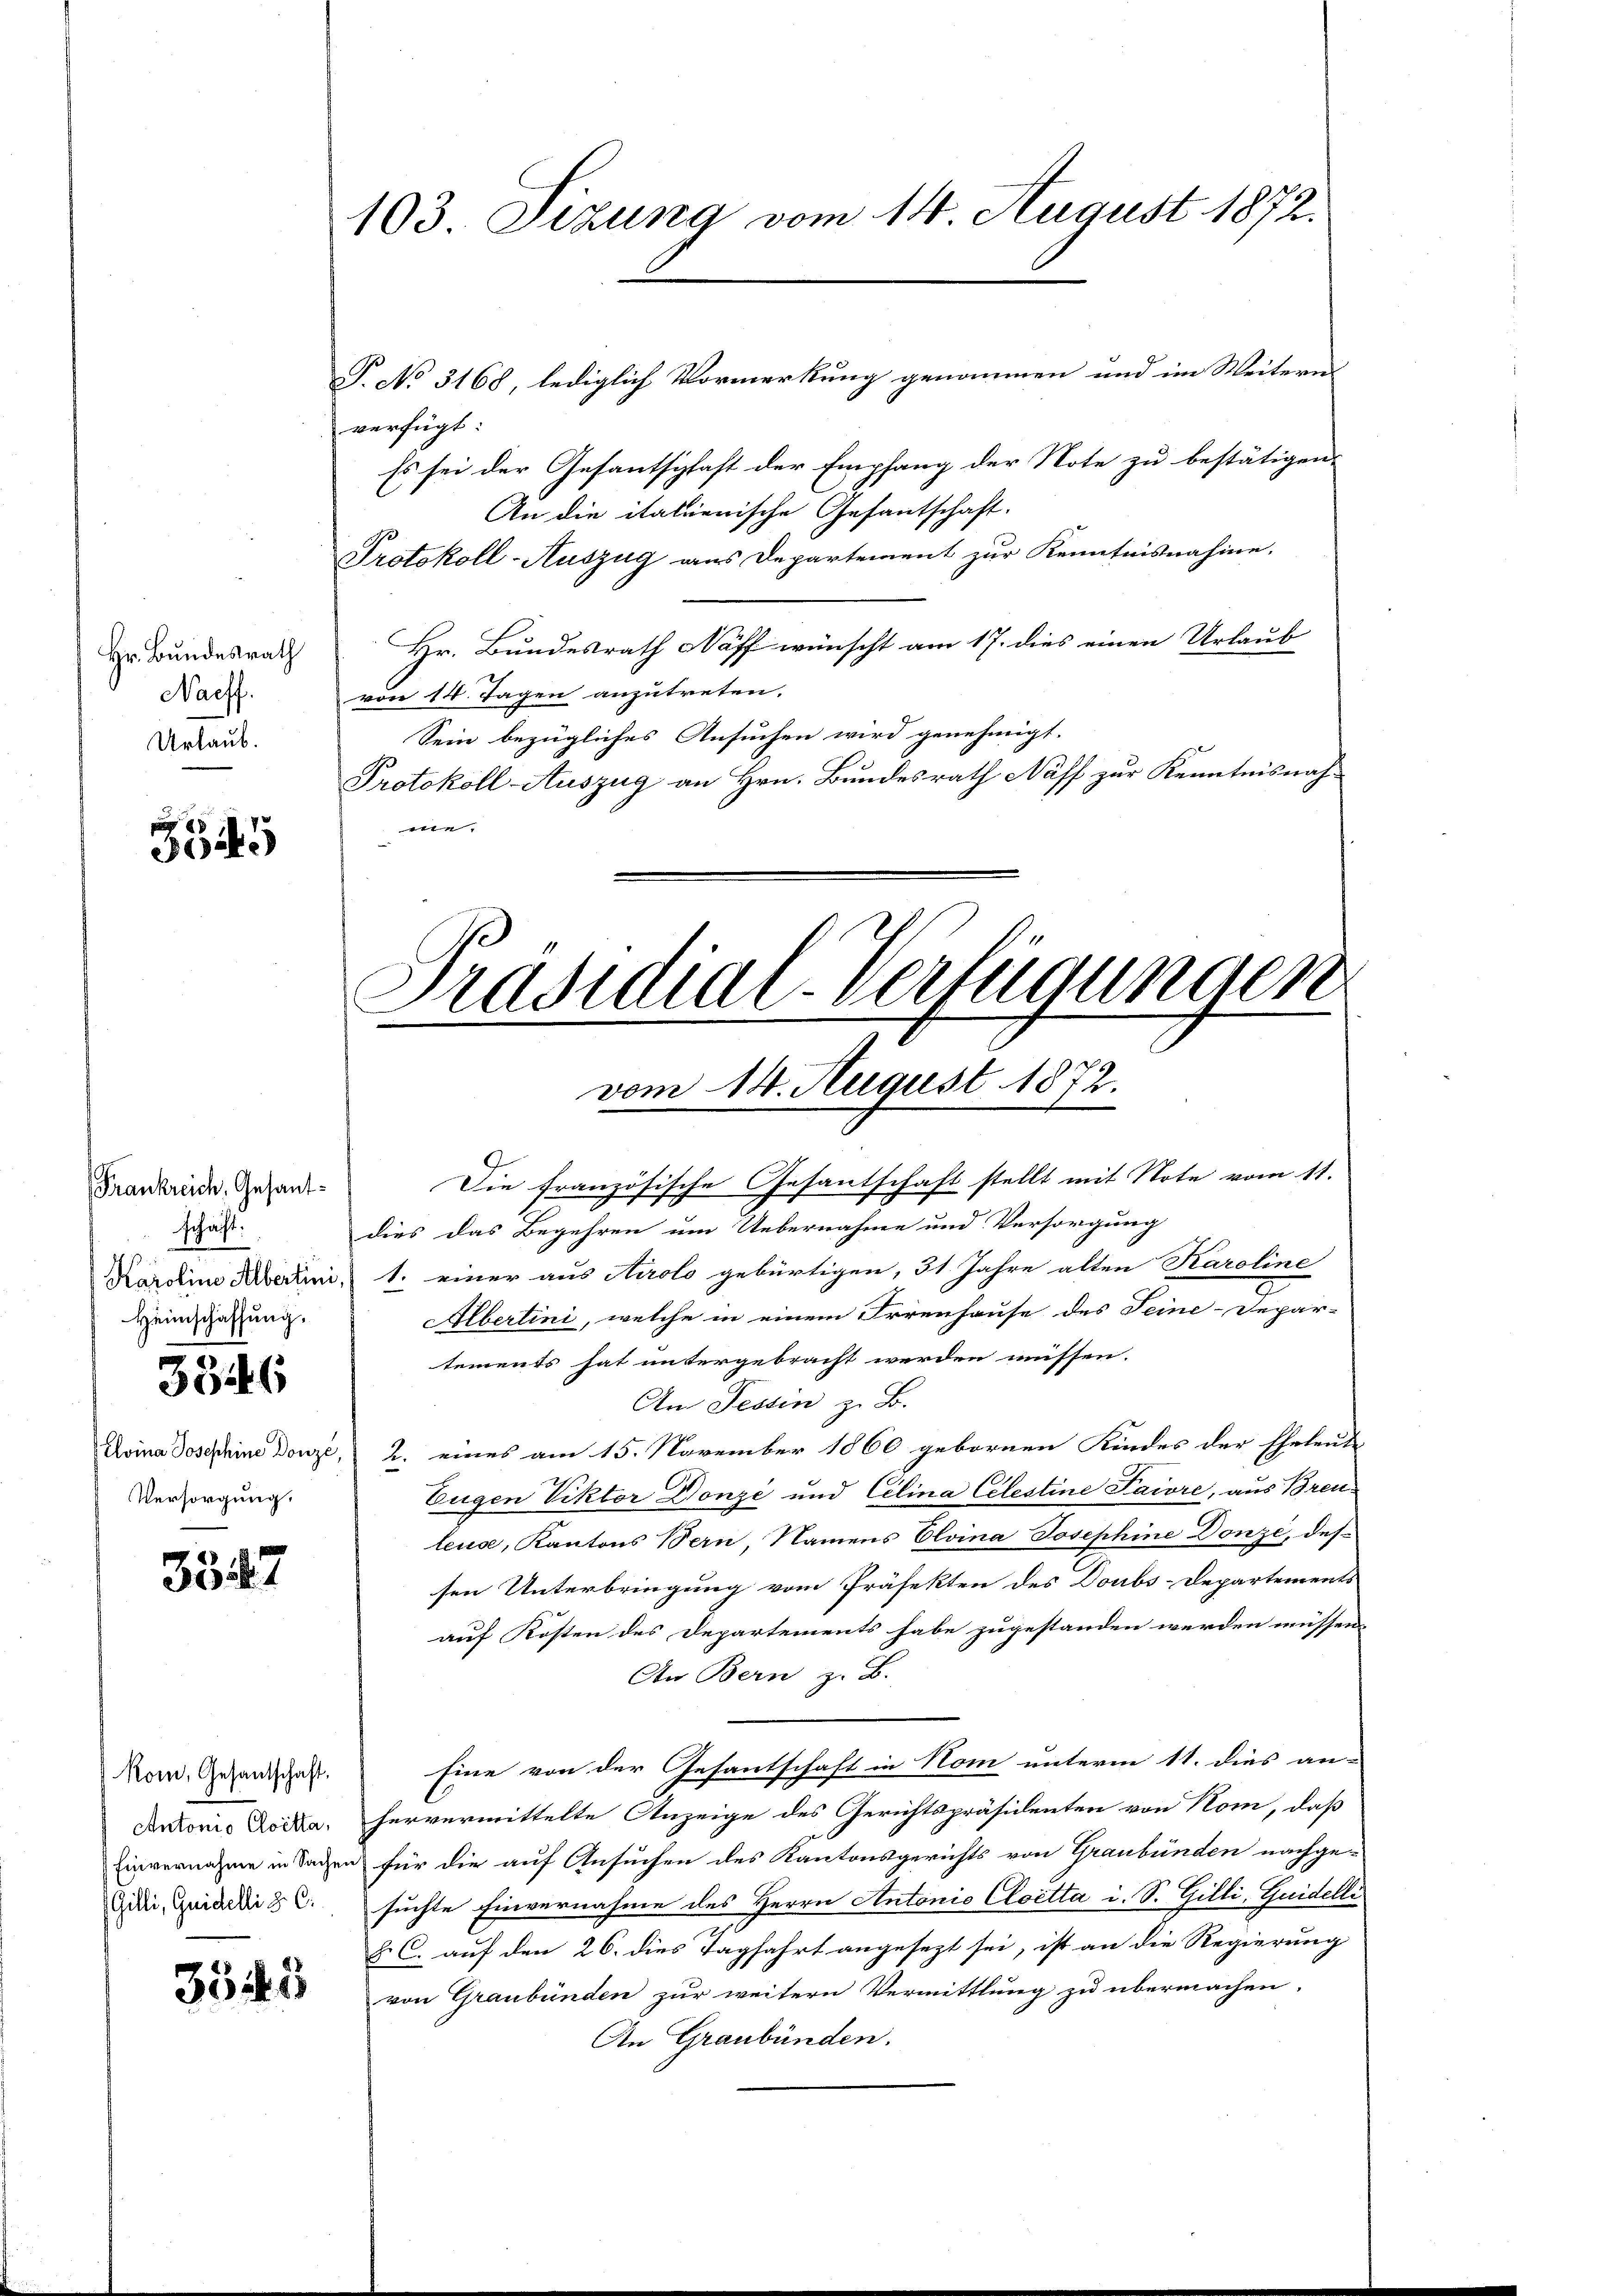
Naeff.
Urlaub.

8
304

Frankreich, Gesantschaft.
18
Karoline Albertini,
Heimschaffung.

3346

Elvina Josephine Donze,
Versorgung.

3327

Kom, Gesantschaft.
Antonio Cloetta,
Einvernahme in Sachen
Gilli, Guidelli z. B.

3545

103 Sizung vom 14. August 1872.

verfügt:
Es sei der Gesantschaft der Empfang der Note zu bestätigen.
An die italienische Gesantschaft.
Protokoll-Auszug aus Departement zur Kenntnisnahme.
Hr. Bundesrath Hr. Bundesrath Naff wünscht am 17. dies einen Urlaub
von 14. Tagen anzutreten.
Sein bezügliches Ansuchen wird genehmigt.
Protokoll-Auszug an Hrn. Bundesrath Näff zur Kenntnisnah-
4

T. No 3168, lediglich Vormerkung genommen und im Weitern

Präsidial-Verfügungen
vom 14. August 1872.

Die französische Gesantschaft stellt mit Note vom 11.
dies das Begehren um Uebernahme und Versorgung
1. einer aus Airolo gebürtigen, 31. Jahre alten Karoline
Albertini, welche in einem Irrenhause des Seine-Depar-
tements hat untergebracht werden müssen.
An Tessin z. B.
2. eines am 15. November 1860 gebornen Kindes der Eheleute
Eugen Viktor Donzé und Cilina Celestine Paiore, aus Brenleuse, Kantons Bern, Namens Elvina Josephine Donze, des
sen Unterbringung vom Präfekten des Doubs-Departements
auf Kosten des Departements habe zugestanden werden müssen.
An Bern z. B.
Eine von der Gesantschaft in Nom unterm 11. dies an-
hervermittelte Anzeige des Gerichtspräsidenten von Nom, daß
 für die auf Ansuchen des Kantonsgerichts von Graubünden nachge-
suchte Einvernahme des Herrn Antonio Cloetta i. S. Gilli, Guidelli
F. C. auf den 26. dies Tagfahrt angesezt sei, ist an die Regierung
von Graubünden zur weitern Vermittlung zu übermachen.
An Graubünden.